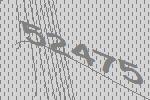
52475